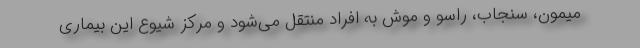
میمون، سنجاب، راسو و موش به افراد منتقل می‌شود و مرکز شیوع این بیماری